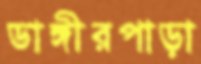
ডাঙ্গীরপাড়া